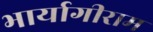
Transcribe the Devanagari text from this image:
भार्यागीराम